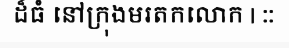
ដ៏ធំ នៅក្រុងមរតកលោក | ::